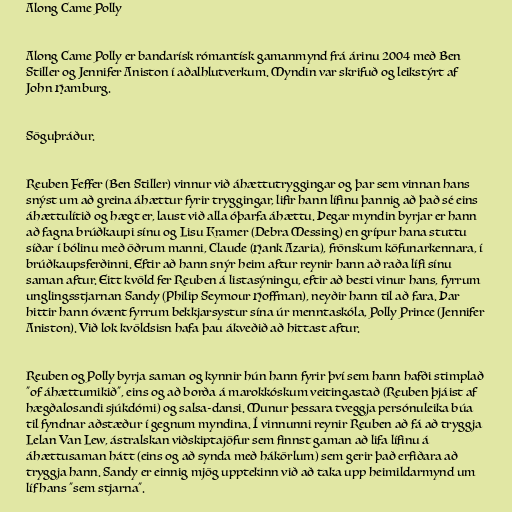
Along Came Polly

Along Came Polly er bandarísk rómantísk gamanmynd frá árinu 2004 með Ben
Stiller og Jennifer Aniston í aðalhlutverkum. Myndin var skrifuð og leikstýrt af
John Hamburg.

Söguþráður.

Reuben Feffer (Ben Stiller) vinnur við áhættutryggingar og þar sem vinnan hans
snýst um að greina áhættur fyrir tryggingar, lifir hann lífinu þannig að það sé eins
áhættulítið og hægt er, laust við alla óþarfa áhættu. Þegar myndin byrjar er hann
að fagna brúðkaupi sínu og Lisu Kramer (Debra Messing) en grípur hana stuttu
síðar í bólinu með öðrum manni, Claude (Hank Azaria), frönskum köfunarkennara, í
brúðkaupsferðinni. Eftir að hann snýr heim aftur reynir hann að raða lífi sínu
saman aftur. Eitt kvöld fer Reuben á listasýningu, eftir að besti vinur hans, fyrrum
unglingsstjarnan Sandy (Philip Seymour Hoffman), neyðir hann til að fara. Þar
hittir hann óvænt fyrrum bekkjarsystur sína úr menntaskóla, Polly Prince (Jennifer
Aniston). Við lok kvöldsisn hafa þau ákveðið að hittast aftur.

Reuben og Polly byrja saman og kynnir hún hann fyrir því sem hann hafði stimplað
"of áhættumikið", eins og að borða á marokkóskum veitingastað (Reuben þjáist af
hægðalosandi sjúkdómi) og salsa-dansi. Munur þessara tveggja persónuleika búa
til fyndnar aðstæður í gegnum myndina. Í vinnunni reynir Reuben að fá að tryggja
Lelan Van Lew, ástralskan viðskiptajöfur sem finnst gaman að lifa lífinu á
áhættusaman hátt (eins og að synda með hákörlum) sem gerir það erfiðara að
tryggja hann. Sandy er einnig mjög upptekinn við að taka upp heimildarmynd um
líf hans "sem stjarna".